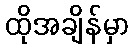
ထိုအချိန်မှာ